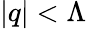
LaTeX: |q|<\Lambda